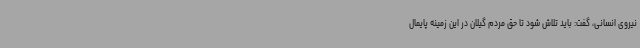
نیروی انسانی، گفت: باید تلاش شود تا حق مردم گیلان در این زمینه پایمال